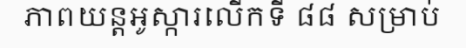
ភាពយន្តអូស្ការលើកទី ៨៨ សម្រាប់